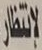
لانتظار